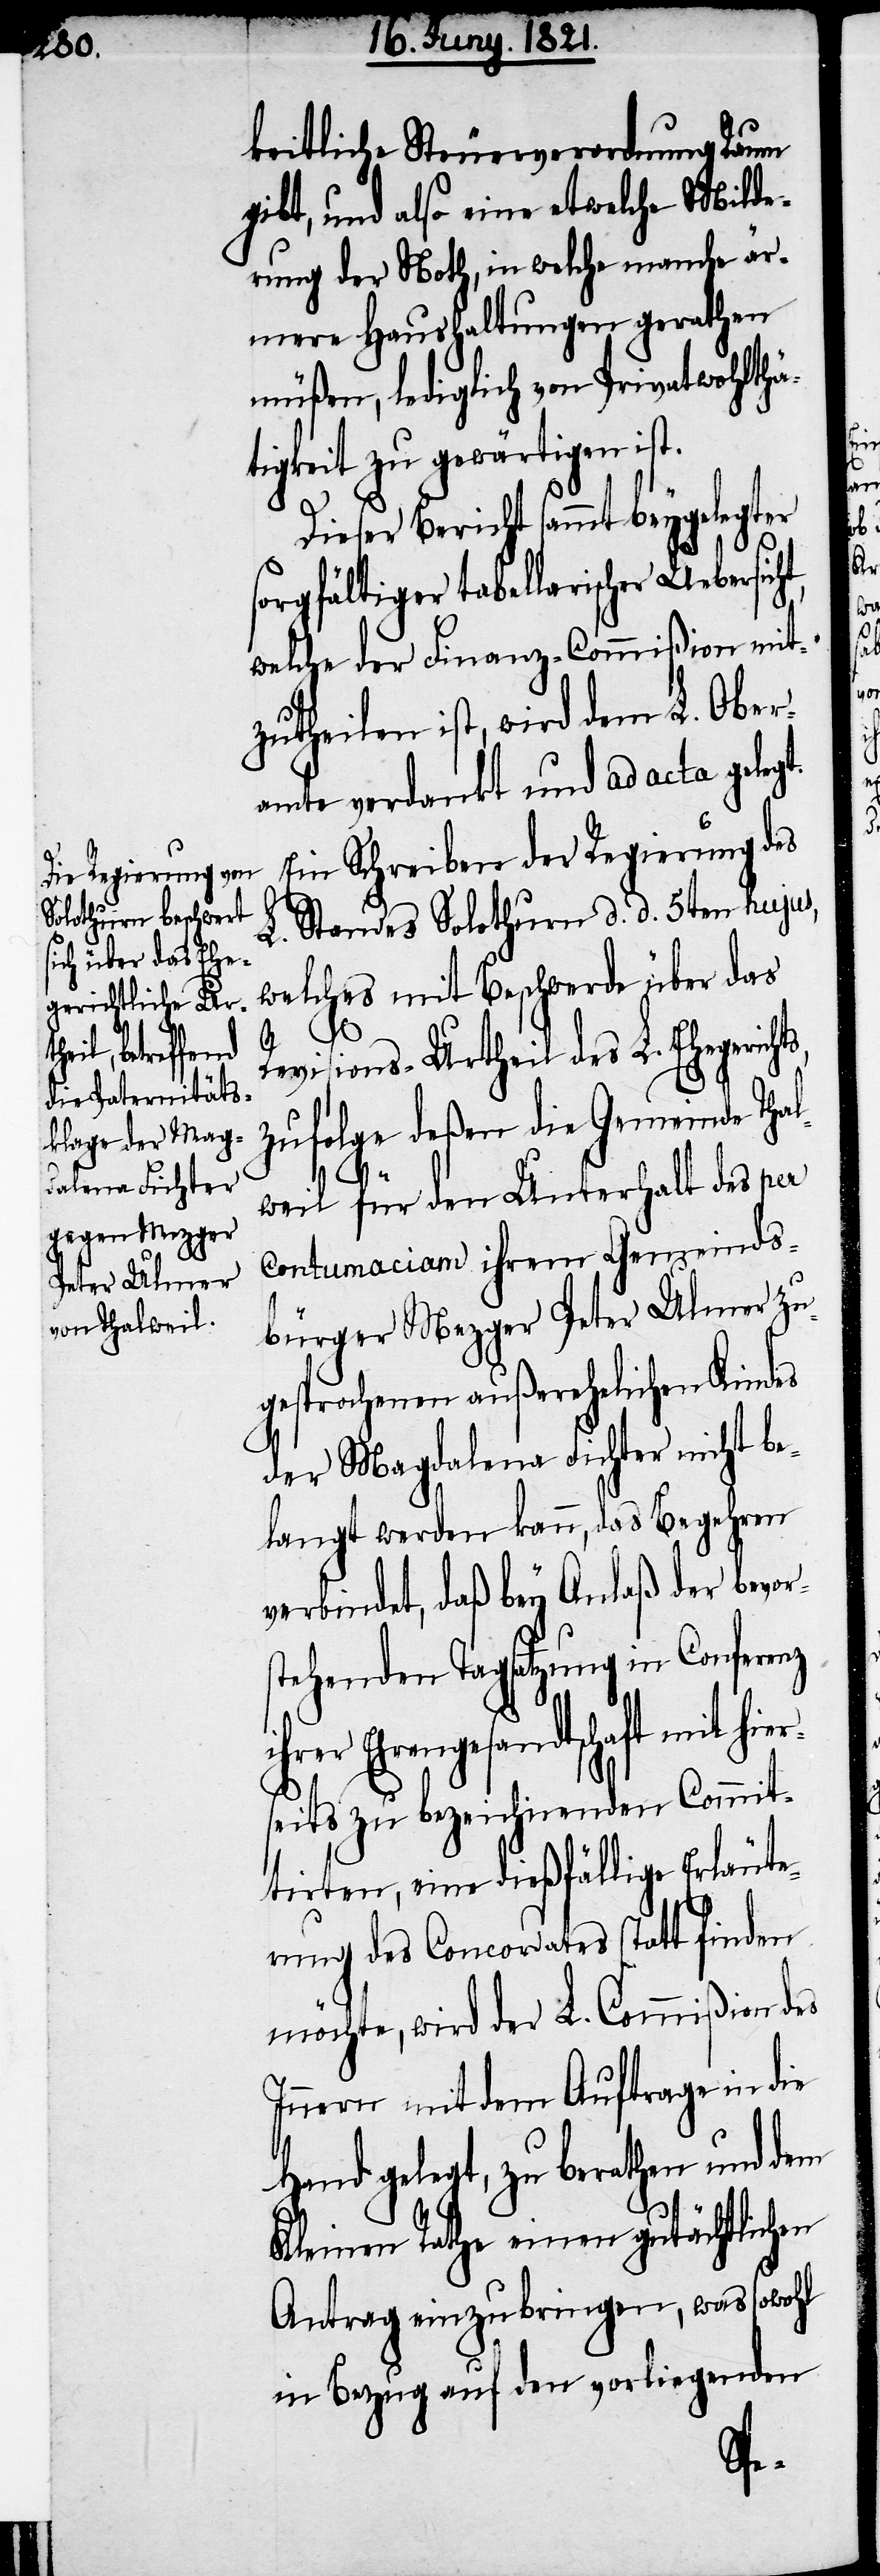
keitliche Steuerverordnung Raum
gibt, und also eine etwelche Milde¬
rung der Noth, in welche manche är¬
mere Haushaltungen gerathen
müßen, lediglich von Privatwohlthä¬
tigkeit zu gewärtigen ist.
Dieser Bericht sammt beygelegter
sorgfältiger tabellarischer Uebersich¬
welche der Finanz-Commißion mit¬
zutheilen ist, wird dem L. Ober¬
amte verdankt und ad acta gelegt.
Ein Schreiben der Regierung des
L. Standes Solothurn d. d. 5ten hujus,
welches mit Beschwerde über das
t,
Revisions-Urtheil des L. Ehegerich¬
zufolge deßen die Gemeinde Tha¬
lweil für den Unterhalt des per
Contumaciam ihrem Gemeinds¬
bürger Mezger Peter Ulmer zu¬
gesprochenen außerehelichen Kindes
der Magdalena Fichter nicht be¬
langt werden kann, das Begehren
verbindet, daß bey Anlaß der bevor¬
stehenden Tagsatzung in Conferenz
Ehrengesandtschaft mit hi¬
seits zu bezeichnenden Commi¬
tirten, eine dießfällige Erläute¬
rung des Concordates statt finden
möchte, wird der L. Commißion des
Innern mit dem Auftrage in die
Hand gelegt, zu berathen und dem
Kleinen Rathe einen gutächtlichen
Antrag einzubringen, was sowohl
in Bezug auf den vorliegenden
er¬